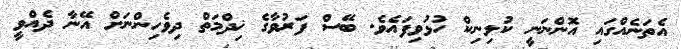
އެތަނެއްގައި އޮންނަނީ ކުލިނިކް ހުޅުވިފައެވެ. ބޭސް ފަރުވާގެ ޚިދްމަތް ދިވެހިންނަށް އޭނާ ދެއްވީ